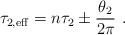
\begin{align*}\tau_{2,\rm eff} = n \tau_2 \pm \frac{\theta_2}{2\pi}\ . \end{align*}